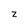
Character: z